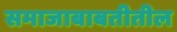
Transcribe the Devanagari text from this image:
समाजाबाबतीतील